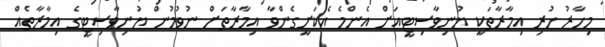
މިހާރު ހުރި އިމާރާތަކީ ޔުނިވާސިޓީއަށް އެންމެ އެކަށީގެންވާ އިމާރާތަށް ނުވުމުން ޔުނިވާސިޓީގެ އިމާރާތެއް